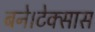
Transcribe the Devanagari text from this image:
बने।टेक्सास